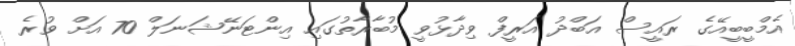
އެމްބީބީއޭގެ ރައީސް އަބްދު އަރީފް ވިދާޅުވީ މުބާރާތުގައި އިންޓަނޭޝަނަލް 70 އަށް ވުރެ